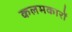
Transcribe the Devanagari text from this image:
कलमकारों